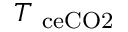
T _ { \mathrm { \ c e { C O 2 } } }